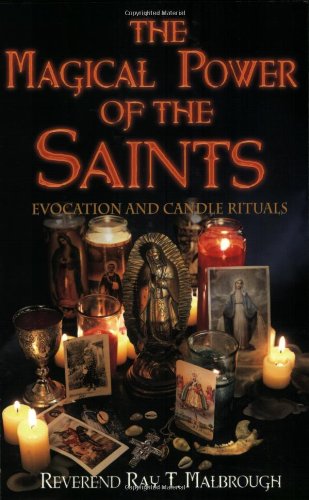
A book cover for The Magical Power of the Saints: Evocation and Candle Rituals; Rev Ray T. Malbrough; Religion & Spirituality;